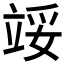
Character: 𬔞